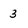
Character: 3